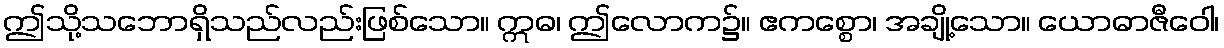
ဤသို့သဘောရှိသည်လည်းဖြစ်သော။ ဣဓ၊ ဤလောက၌။ ဧကစ္စော၊ အချို့သော။ ယောဓာဇီဝေါ၊